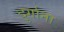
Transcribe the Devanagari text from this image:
दुर्गाना